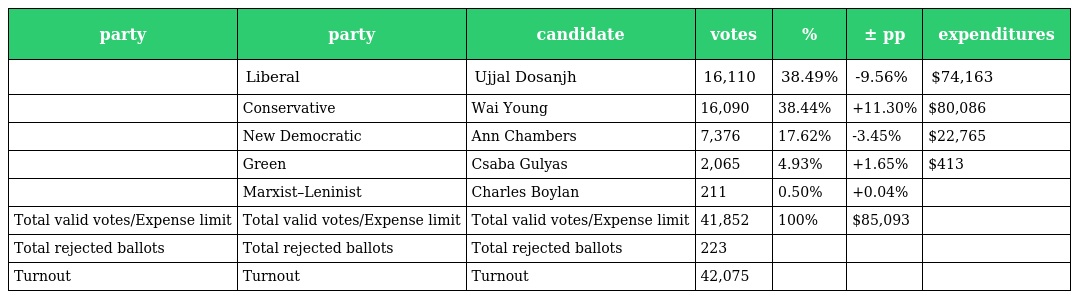
| party | party | candidate | votes | % | ± pp | expenditures |
 | --- | --- | --- | --- | --- | --- | --- |
 |  | Liberal | Ujjal Dosanjh | 16,110 | 38.49% | -9.56% | $74,163 |
 |  | Conservative | Wai Young | 16,090 | 38.44% | +11.30% | $80,086 |
 |  | New Democratic | Ann Chambers | 7,376 | 17.62% | -3.45% | $22,765 |
 |  | Green | Csaba Gulyas | 2,065 | 4.93% | +1.65% | $413 |
 |  | Marxist–Leninist | Charles Boylan | 211 | 0.50% | +0.04% |  |
 | Total valid votes/Expense limit | Total valid votes/Expense limit | Total valid votes/Expense limit | 41,852 | 100% | $85,093 |  |
 | Total rejected ballots | Total rejected ballots | Total rejected ballots | 223 |  |  |  |
 | Turnout | Turnout | Turnout | 42,075 |  |  |  |